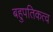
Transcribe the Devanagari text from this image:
बहुपतिकत्व